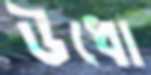
উধো